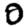
Digit: 0